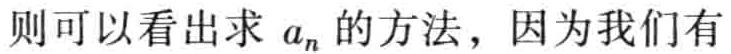
则可以看出求 \(a_{n}\) 的方法，因为我们有